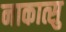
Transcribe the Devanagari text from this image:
नाकात्सु